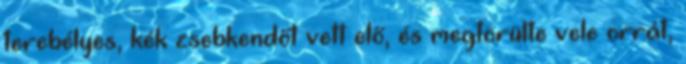
terebélyes, kék zsebkendőt vett elő, és megtörülte vele orrát,